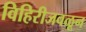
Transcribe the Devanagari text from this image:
विहिरीजवळून